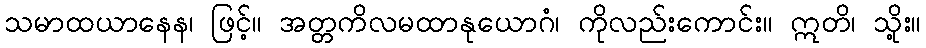
သမာထယာနေန၊ ဖြင့်။ အတ္တကိလမထာနုယောဂံ၊ ကိုလည်းကောင်း။ ဣတိ၊ သို့း။